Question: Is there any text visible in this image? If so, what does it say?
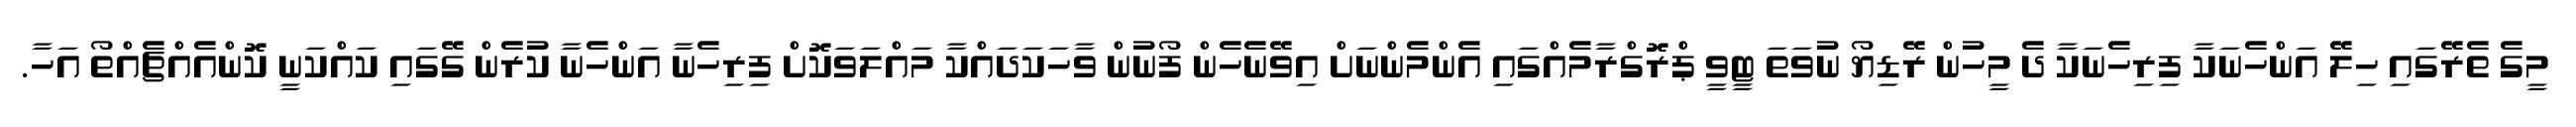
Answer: މީގެ ތެރޭގައި ހިލޭ އަންހެނަކާ ފިރިހެނަކާ ދެ މީހުން ރޭޑިޔޯ ނުވަތަ ޓީވީ ޕްރޮގްރާމެއްގައި އެންމެންނަށް އިވޭނެހެން ފޯނުން ވާހަކަދައްކާ މައްލަވަކޮށް ފިރިހެނާ އަންހެނާ ކުރެން ގޭގައި ކައްކަނީ ކޮންއެއްޗެއްތޯ އަހާ.